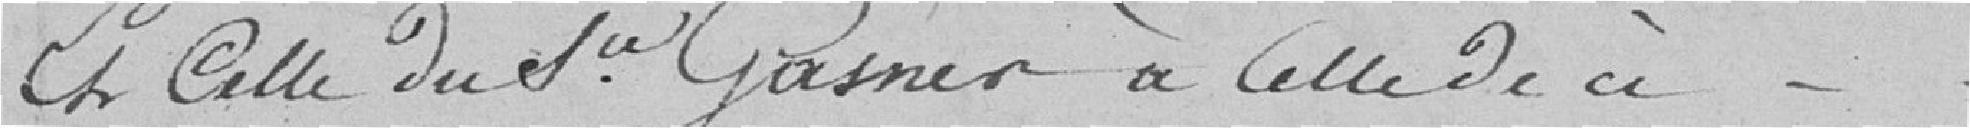
et celle de sieur Gasner à celle de ci